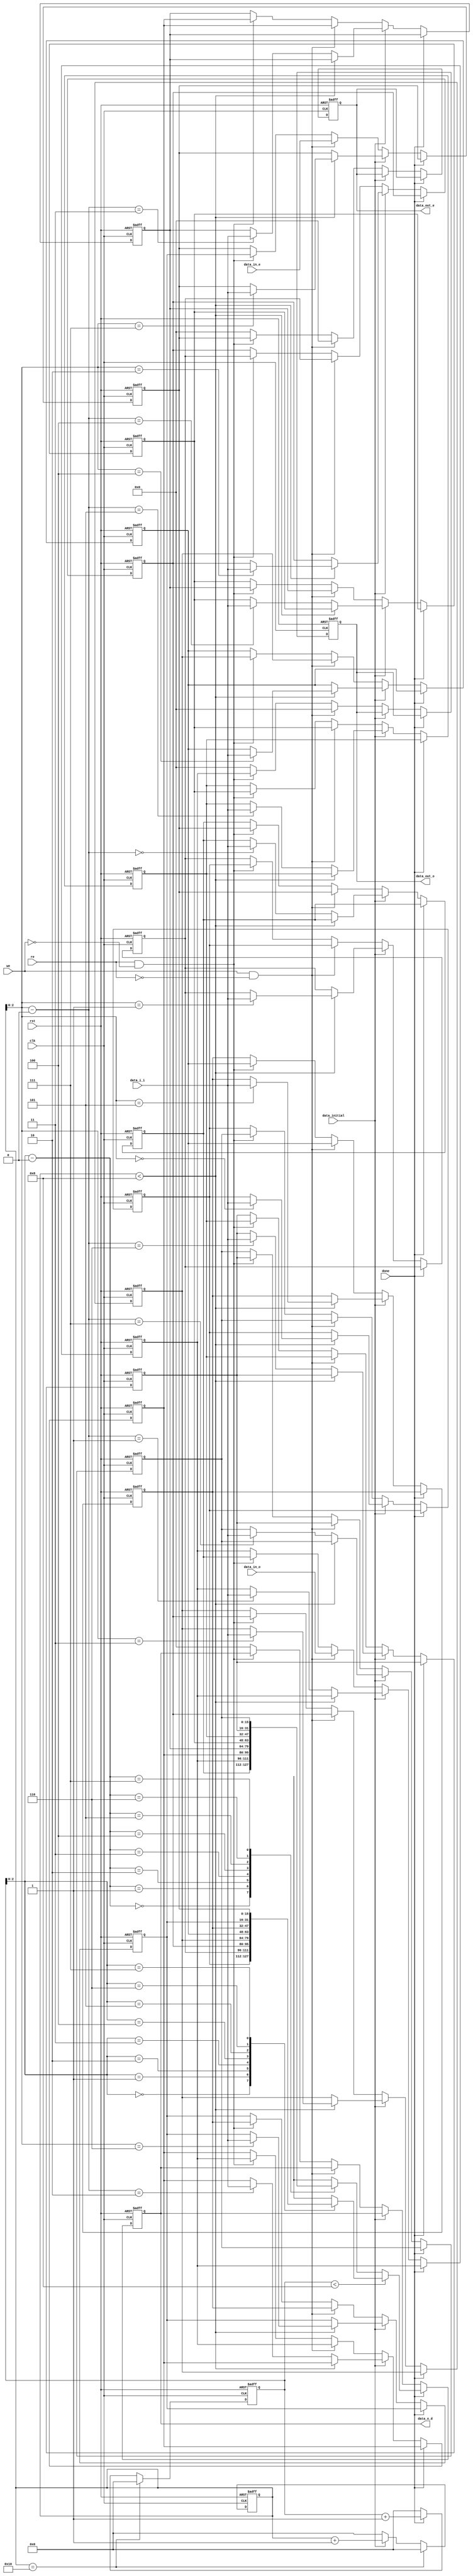
`timescale 1ns / 1ps
//////////////////////////////////////////////////////////////////////////////////
// Company: 
// Engineer: 
// 
// Design Name: 
// Module Name: M_ij
// Project Name: 
// Target Devices: 
// Tool Versions: 
// Description: 
// 
// Dependencies: 
// 
// Revision:
// Revision 0.01 - File Created
// Additional Comments:
// 
//////////////////////////////////////////////////////////////////////////////////


//256 (2*16*8) bit for each M, it is divided into odd and even, it has for data ports
//as shown in figure 4

module M_ij (
    input                   clk         ,
    input                   rst         ,
    input    [15:0]         data_in_o   ,
    input    [15:0]         data_in_e   ,
    input                   we          ,
    input                   re          ,
    output   [15:0]         data_out_o  ,
    output   [15:0]         data_out_e  ,
    input                   data_initial,
    input    [15:0]         data_i_i    , //data_initial_in
    input                   done        ,
    output   [15:0]         data_o_d      //data_out_done      
);

reg [15:0] mem_o [0:7];    
reg [15:0] mem_e [0:7];
reg [15:0] r_o_o ;
reg [15:0] r_o_e ;
reg [4:0]  r_i_cnt;//initial input cnt
reg [4:0]  r_o_cnt;
reg [15:0] r_o_d;

assign data_out_o = r_o_o ;
assign data_out_e = r_o_e ;
assign data_o_d   = r_o_d ;

always @(posedge clk or posedge rst) begin
    if(rst)
        r_i_cnt <= 'b0;
    else if(r_i_cnt==5'd16)
        r_i_cnt <= 'b0;
    else if(data_initial)
        r_i_cnt <= r_i_cnt + 1 ;
    else
        r_i_cnt <= 'b0;
end

always @(posedge clk or posedge rst) begin
    if(rst)
        r_o_cnt <= 'b0;
    else if(r_i_cnt==5'd16)
        r_o_cnt <= 'b0;
    else if(done)
        r_o_cnt <= r_o_cnt + 1 ;
    else
        r_o_cnt <= 'b0;
end

always @(posedge clk or posedge rst) begin
    if (rst) begin
        mem_e[0] <= 16'b0;
        mem_e[1] <= 16'b0;
        mem_e[2] <= 16'b0;
        mem_e[3] <= 16'b0;
        mem_e[4] <= 16'b0;
        mem_e[5] <= 16'b0;
        mem_e[6] <= 16'b0;
        mem_e[7] <= 16'b0;
        // mem_e[8] <= 16'b0;
        // mem_e[9] <= 16'b0;
        // mem_e[10] <= 16'b0;
        // mem_e[11] <= 16'b0;
        // mem_e[12] <= 16'b0;
        // mem_e[13] <= 16'b0;
        // mem_e[14] <= 16'b0;
        // mem_e[15] <= 16'b0;
        r_o_e     <= 16'b0;

        mem_o[0] <= 16'b0;
        mem_o[1] <= 16'b0;
        mem_o[2] <= 16'b0;
        mem_o[3] <= 16'b0;
        mem_o[4] <= 16'b0;
        mem_o[5] <= 16'b0;
        mem_o[6] <= 16'b0;
        mem_o[7] <= 16'b0;
        // mem_o[8] <= 16'b0;
        // mem_o[9] <= 16'b0;
        // mem_o[10] <= 16'b0;
        // mem_o[11] <= 16'b0;
        // mem_o[12] <= 16'b0;
        // mem_o[13] <= 16'b0;
        // mem_o[14] <= 16'b0;
        // mem_o[15] <= 16'b0;
        r_o_o     <= 16'b0;
        r_o_d     <= 16'b0;

    end else if(done)begin
        if(r_o_cnt<8)
            r_o_d <= mem_e[r_o_cnt] ;
        else 
            r_o_d <= mem_o[r_o_cnt-8] ;

    end else if(data_initial)begin
        if(r_i_cnt<8)
            mem_e[r_i_cnt] <= data_i_i ;
        else 
            mem_o[r_i_cnt-8] <= data_i_i ;

    end else if(we && (!re)) begin
        // mem_e[0]  <= mem_o[6];
        // mem_e[1]  <= mem_o[7];
        // mem_e[2]  <= mem_e[0];
        // mem_e[3]  <= mem_e[1];
        // mem_e[4]  <= mem_e[2];
        // mem_e[5]  <= mem_e[3];
        // mem_e[6]  <= mem_e[4];
        mem_e[0]  <= mem_o[7];
        mem_e[1]  <= mem_e[0];
        mem_e[2]  <= mem_e[1];
        mem_e[3]  <= mem_e[2];
        mem_e[4]  <= mem_e[3];
        mem_e[5]  <= mem_e[4];
        mem_e[6]  <= mem_e[5];
        mem_e[7]  <= data_in_e;
        r_o_e     <= 'b0;

        // mem_o[0]  <= mem_e[6];
        // mem_o[1]  <= mem_e[7];
        // mem_o[2]  <= mem_o[0];
        // mem_o[3]  <= mem_o[1];
        // mem_o[4]  <= mem_o[2];
        // mem_o[5]  <= mem_o[3];
        // mem_o[6]  <= mem_o[4];
        
        mem_o[0]  <= mem_e[7];
        mem_o[1]  <= data_in_o;
        mem_o[2]  <= mem_o[1];
        mem_o[3]  <= mem_o[2];
        mem_o[4]  <= mem_o[3];
        mem_o[5]  <= mem_o[4];
        mem_o[6]  <= mem_o[5];
        mem_o[7]  <= mem_o[6];
        r_o_o     <= 'b0;

    end else if(re && (!we)) begin
        mem_e[0]  <= mem_o[7];
        mem_e[1]  <= mem_e[0];
        mem_e[2]  <= mem_e[1];
        mem_e[3]  <= mem_e[2];
        mem_e[4]  <= mem_e[3];
        mem_e[5]  <= mem_e[4];
        mem_e[6]  <= mem_e[5];
        mem_e[7]  <= mem_e[6];
        r_o_e     <= mem_e[7];

        mem_o[0]  <= mem_e[7];
        mem_o[1]  <= mem_o[0];
        mem_o[2]  <= mem_o[1];
        mem_o[3]  <= mem_o[2];
        mem_o[4]  <= mem_o[3];
        mem_o[5]  <= mem_o[4];
        mem_o[6]  <= mem_o[5];
        mem_o[7]  <= mem_o[6];
        r_o_o     <= mem_o[1];
    end
//  else if(we_o) begin
//         mem_e[0]  <= mem_o[15];
//         mem_e[1]  <= mem_o[0];
//         mem_e[2]  <= mem_o[1];
//         mem_e[3]  <= mem_o[2];
//         mem_e[4]  <= mem_o[3];
//         mem_e[5]  <= mem_o[4];
//         mem_e[6]  <= mem_o[5];
//         mem_e[7]  <= mem_o[6];
//         mem_e[8]  <= mem_o[7];
//         mem_e[9]  <= mem_o[8];
//         mem_e[10] <= mem_o[9];
//         mem_e[11] <= mem_o[10];
//         mem_e[12] <= mem_o[11];
//         mem_e[13] <= mem_o[12];
//         mem_e[14] <= mem_o[13];
//         mem_e[15] <= mem_o[14];
//         r_o_e     <= mem_e[0];

//         mem_o[0]  <= mem_e[15];
//         mem_o[1]  <= mem_e[0];
//         mem_o[2]  <= mem_e[1];
//         mem_o[3]  <= mem_e[2];
//         mem_o[4]  <= mem_e[3];
//         mem_o[5]  <= mem_e[4];
//         mem_o[6]  <= mem_e[5];
//         mem_o[7]  <= mem_e[6];
//         mem_o[8]  <= mem_e[7];
//         mem_o[9]  <= mem_e[8];
//         mem_o[10] <= mem_e[9];
//         mem_o[11] <= mem_e[10];
//         mem_o[12] <= mem_e[11];
//         mem_o[13] <= mem_e[12];
//         mem_o[14] <= mem_e[13];
//         mem_o[15] <= data_in_o;
//         r_o_o     <= mem_o[0];
//  end 
    else begin
        // mem_e[0]  <= mem_o[7];
        // mem_e[1]  <= mem_e[0];
        // mem_e[2]  <= mem_e[1];
        // mem_e[3]  <= mem_e[2];
        // mem_e[4]  <= mem_e[3];
        // mem_e[5]  <= mem_e[4];
        // mem_e[6]  <= mem_e[5];
        // mem_e[7]  <= mem_e[6];
        r_o_e     <= 'b0;
        // mem_e[8]  <= mem_o[7];
        // mem_e[9]  <= mem_o[8];
        // mem_e[10] <= mem_o[9];
        // mem_e[11] <= mem_o[10];
        // mem_e[12] <= mem_o[11];
        // mem_e[13] <= mem_o[12];
        // mem_e[14] <= mem_o[13];
        // mem_e[15] <= mem_o[14];


        // mem_o[0]  <= mem_e[7];
        // mem_o[1]  <= mem_o[0];
        // mem_o[2]  <= mem_o[1];
        // mem_o[3]  <= mem_o[2];
        // mem_o[4]  <= mem_o[3];
        // mem_o[5]  <= mem_o[4];
        // mem_o[6]  <= mem_o[5];
        // mem_o[7]  <= mem_o[6];
        r_o_o     <= 'b0;
        // mem_o[8]  <= mem_e[7];
        // mem_o[9]  <= mem_e[8];
        // mem_o[10] <= mem_e[9];
        // mem_o[11] <= mem_e[10];
        // mem_o[12] <= mem_e[11];
        // mem_o[13] <= mem_e[12];
        // mem_o[14] <= mem_e[13];
        // mem_o[15] <= mem_e[14];
        r_o_d     <= 'b0;
    end
end


endmodule